65_HS1-834228961_62-HQ-83894_Section_1
Agency: FBI
Page 154
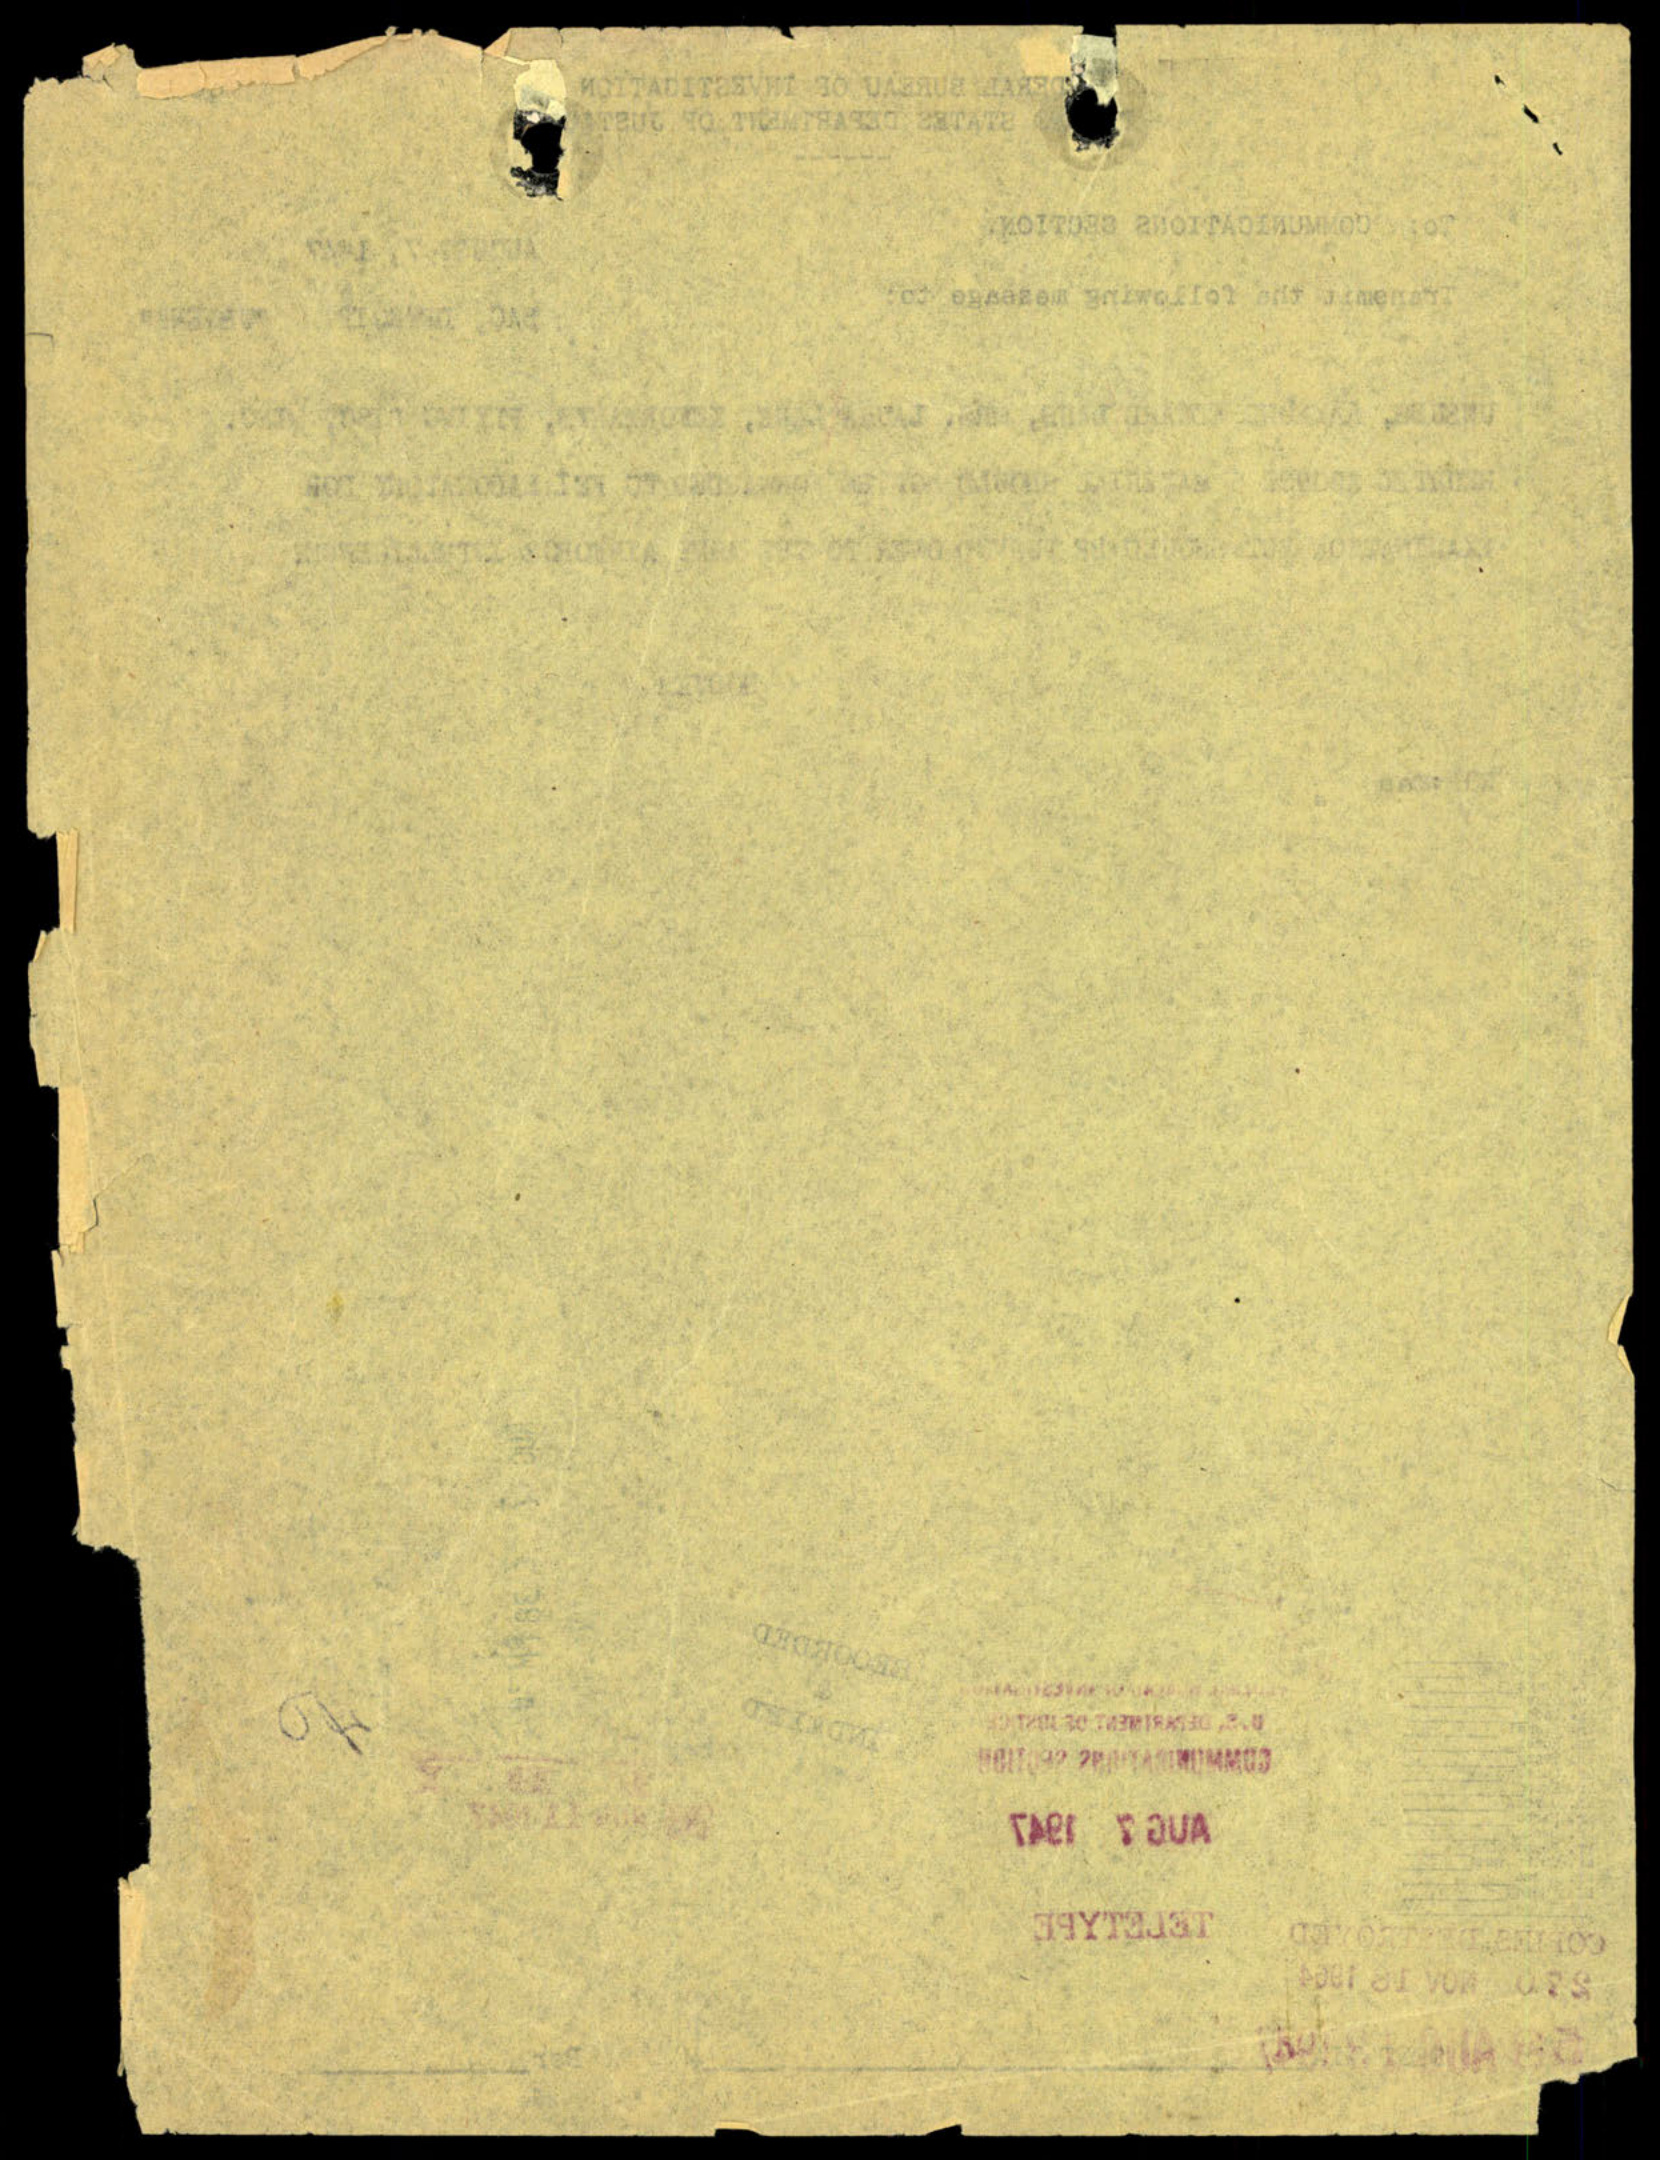